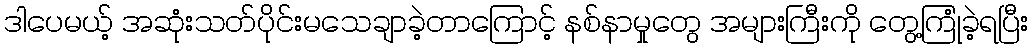
ဒါပေမယ့် အဆုံးသတ်ပိုင်းမသေချာခဲ့တာကြောင့် နစ်နာမှုတွေ အများကြီးကို တွေ့ကြုံခဲ့ရပြီး